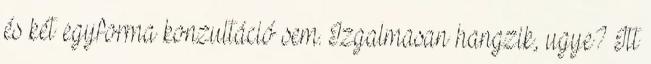
és két egyforma konzultáció sem. Izgalmasan hangzik, ugye? Itt